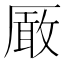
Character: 𠪚